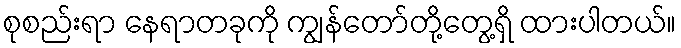
စုစည်းရာ နေရာတခုကို ကျွန်တော်တို့တွေ့ရှိ ထားပါတယ်။